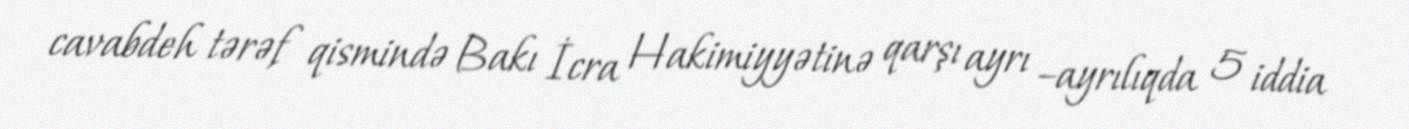
cavabdeh tərəf qismində Bakı İcra Hakimiyyətinə qarşı ayrı –ayrılıqda 5 iddia